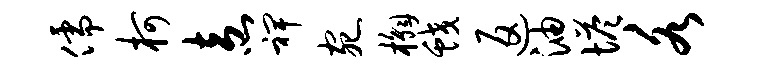
儒柯盍裨宛槲蛟返油塔各